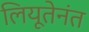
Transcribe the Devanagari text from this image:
लियूतेनंत